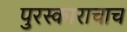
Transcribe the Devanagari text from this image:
पुरस्काराचाच